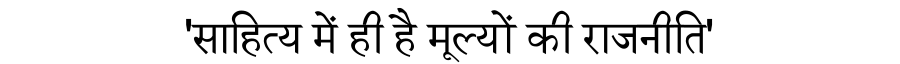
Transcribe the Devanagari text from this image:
'साहित्य में ही है मूल्यों की राजनीति'